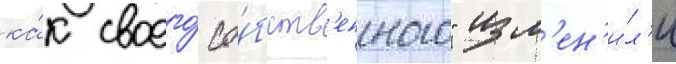
ка́к своего́ со́бств'енного" изм'ен'и́л'и